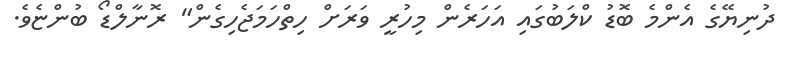
ދުނިޔޭގެ އެންމެ ބޮޑު ކްލަބުގައި އަހަރެން މިހުރީ ވަރަށް ހިތްހަމަޖެހިގެން" ރޮނާލްޑޯ ބުންޏެވެ.